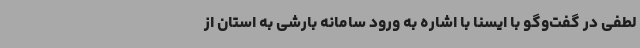
لطفی در گفت‌وگو با ایسنا با اشاره به ورود سامانه بارشی به استان از